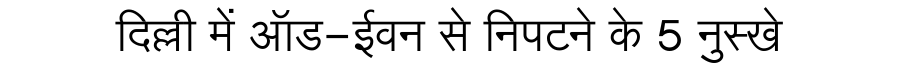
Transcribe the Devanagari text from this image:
दिल्ली में ऑड-ईवन से निपटने के 5 नुस्खे